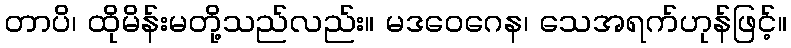
တာပိ၊ ထိုမိန်းမတို့သည်လည်း။ မဒဝေဂေန၊ သေအရက်ဟုန်ဖြင့်။